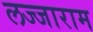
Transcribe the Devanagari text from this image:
लज्जाराम